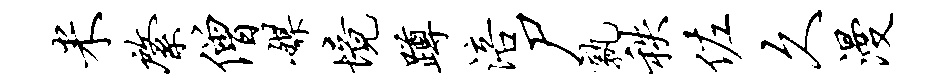
米綮僧媒境蹲涪尸孰秩佐久漫